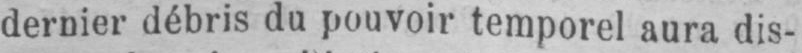
dernier débris du pouvoir temporel aura dis-